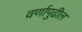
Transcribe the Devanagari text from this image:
वर्णापुढील